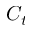
C _ { t }